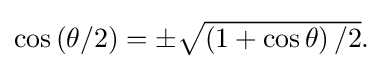
{\textstyle \cos \left(\theta /2\right)=\pm {\sqrt {\left(1+\cos \theta \right)/2}}.}